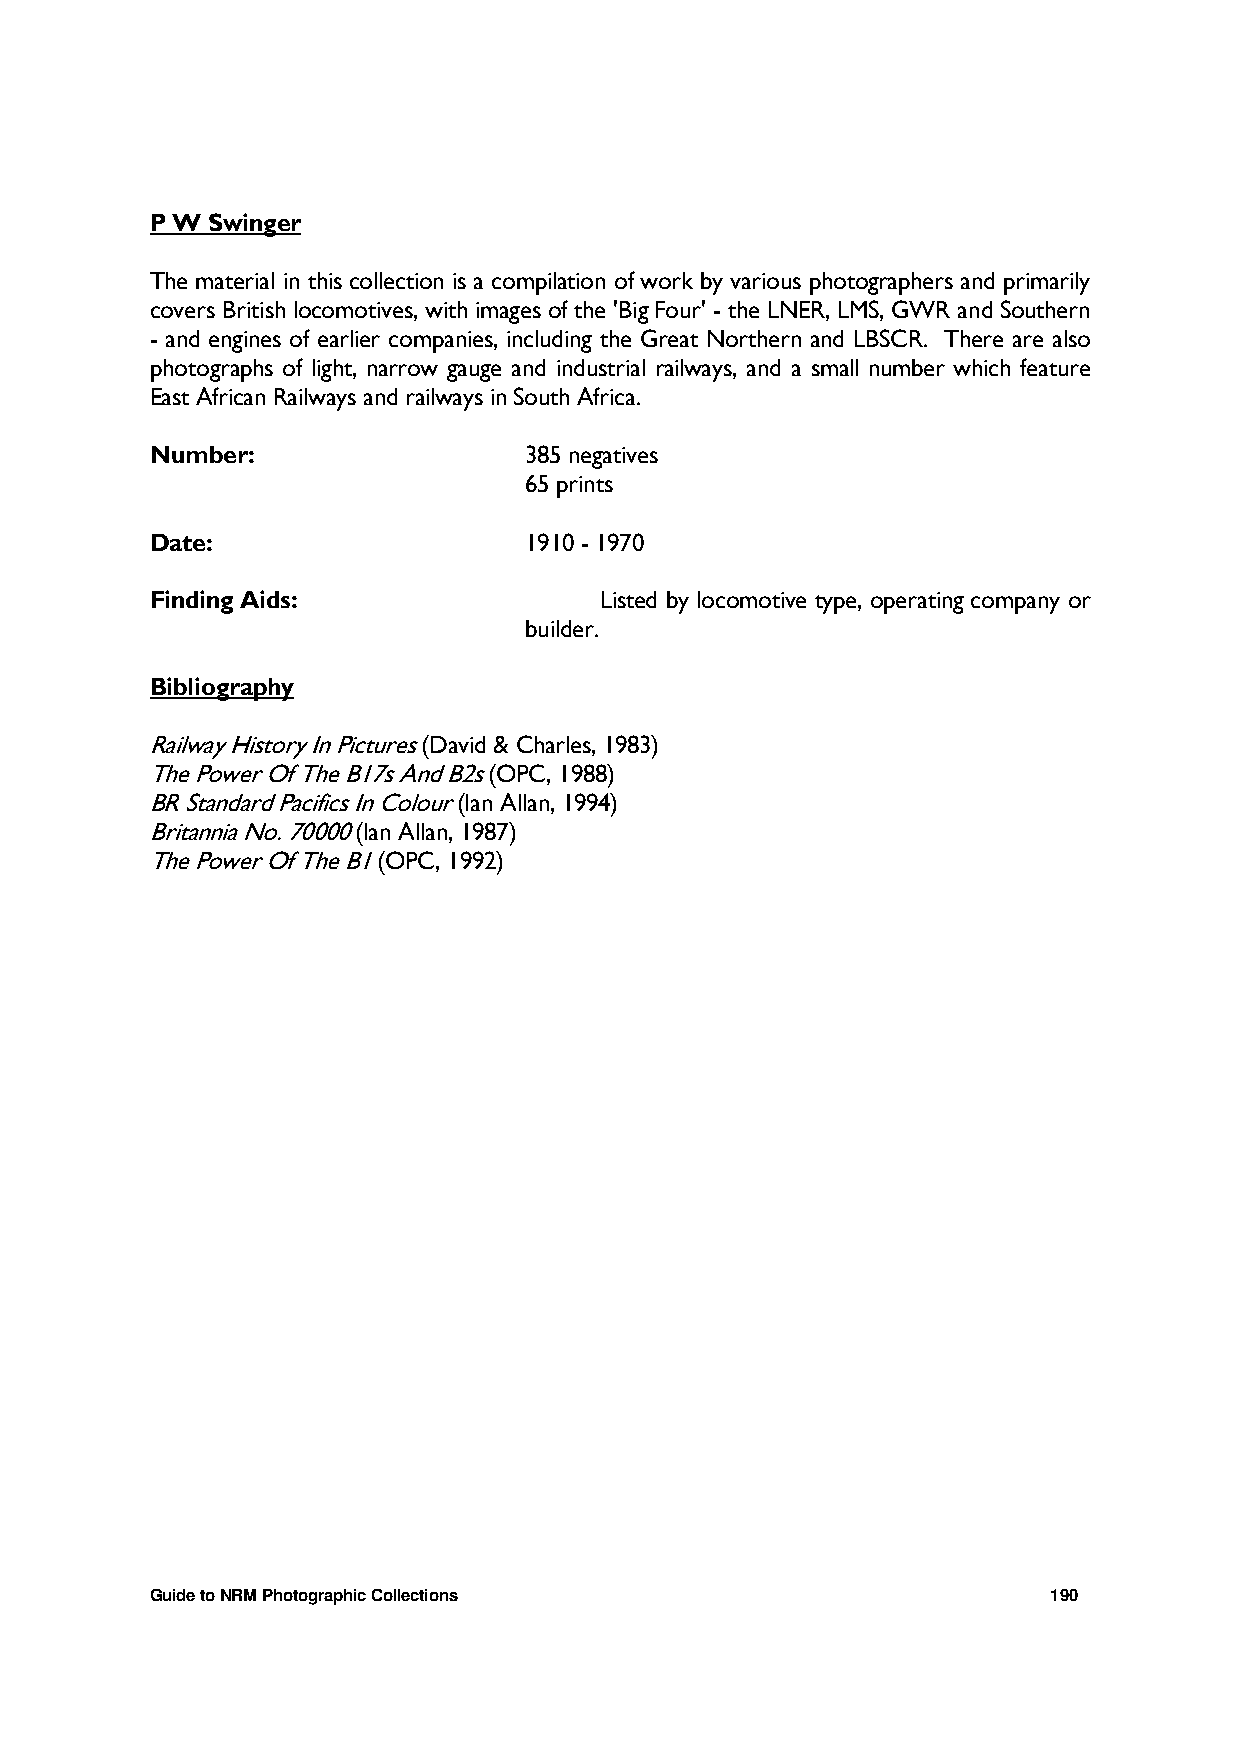
P W Swinger
 The material in this collection is a compilation of work by various photographers and primarily
 covers British locomotives, with images of the 'Big Four' - the LNER, LMS, GWR and Southern
 - and engines of earlier companies, including the Great Northern and LBSCR. There are also
 photographs of light, narrow gauge and industrial railways, and a small number which feature
 East African Railways and railways in South Africa.
 Number:                  385 negatives
 65 prints
 Date:                    1910 - 1970
 Finding Aids:                 Listed by locomotive type, operating company or
 builder.
 Bibliography
 Railway History In Pictures (David & Charles, 1983)
 The Power Of The B17s And B2s (OPC, 1988)
 BR Standard Pacifics In Colour (Ian Allan, 1994)
 Britannia No. 70000 (Ian Allan, 1987)
 The Power Of The B1 (OPC, 1992)
 Guide to NRM Photographic Collections                       190